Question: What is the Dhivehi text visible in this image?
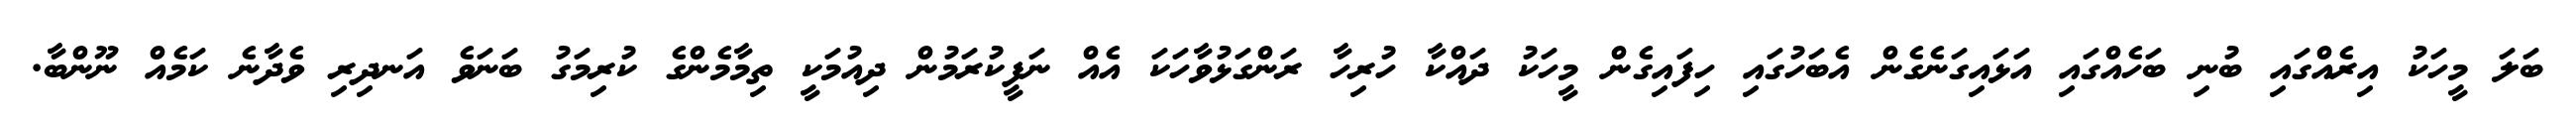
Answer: ބަލަ މީހަކު އިރެއްގައި ބުނި ބަހެއްގައި އަޅައިގަނެގެން އެބަހުގައި ހިފައިގެން މީހަކު ދައްކާ ހުރިހާ ރަންގަޅުވާހަކަ އެއް ނަފީކުރަމުން ދިއުމަކީ ތިމާމެންގެ ކުރިމަގު ބަނަވެ އަނދިރި ވެދާނެ ކަމެއް ނޫންބާ.